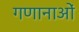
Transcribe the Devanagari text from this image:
गणानाओं